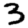
Digit: 3